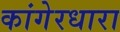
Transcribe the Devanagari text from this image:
कांगेरधारा